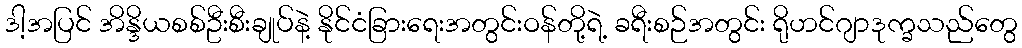
ဒါ့အပြင် အိန္ဒိယစစ်ဦးစီးချုပ်နဲ့ နိုင်ငံခြားရေးအတွင်းဝန်တို့ရဲ့ ခရီးစဉ်အတွင်း ရိုဟင်ဂျာဒုက္ခသည်တွေ